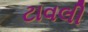
ટાવલી